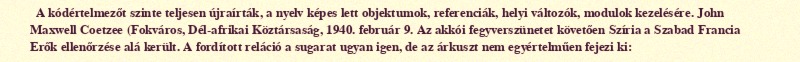
A kódértelmezőt szinte teljesen újraírták, a nyelv képes lett objektumok, referenciák, helyi változók, modulok kezelésére. John Maxwell Coetzee (Fokváros, Dél-afrikai Köztársaság, 1940. február 9. Az akkói fegyverszünetet követően Szíria a Szabad Francia Erők ellenőrzése alá került. A fordított reláció a sugarat ugyan igen, de az árkuszt nem egyértelműen fejezi ki: